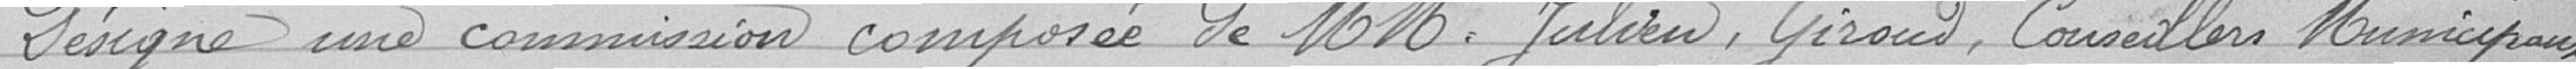
Désigne une commission composée de Messieurs Julien, Giroud, conseillers municipaux